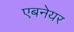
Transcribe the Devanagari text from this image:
एबनेयर